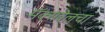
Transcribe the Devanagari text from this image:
मॅक्सवेलचा